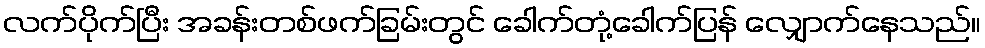
လက်ပိုက်ပြီး အခန်းတစ်ဖက်ခြမ်းတွင် ခေါက်တုံ့ခေါက်ပြန် လျှောက်နေသည်။